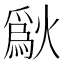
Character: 𤏜